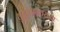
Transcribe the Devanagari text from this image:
युद्धांतानंतरच्या